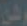
وشن